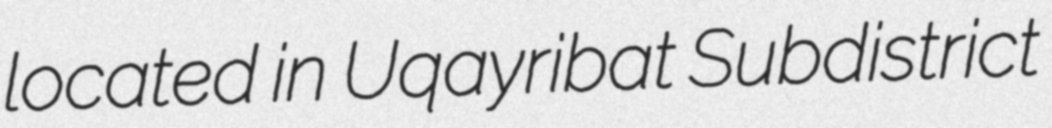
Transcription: located in Uqayribat Subdistrict